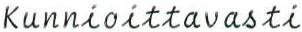
Kunnioittavasti